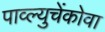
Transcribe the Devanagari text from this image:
पाव्ल्युचेंकोवा